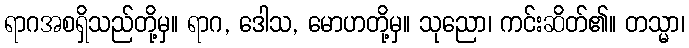
ရာဂအစရှိသည်တို့မှ။ ရာဂ, ဒေါသ, မောဟတို့မှ။ သုညော၊ ကင်းဆိတ်၏။ တသ္မာ၊